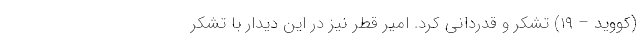
(کووید – ۱۹) تشکر و قدردانی کرد. امیر قطر نیز در این دیدار با تشکر